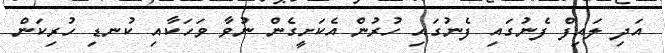
އަދި ލައިފް ފެނުގައި ފެނުގައި ހުރުން އެކަށީގެން ނުވާ ވަހަކާއި ކުނޑި ހުރިކަން